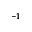
^ { - 1 }